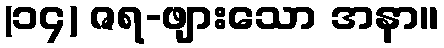
(၁၄) ဇရ-ဖျားသော အနာ။